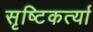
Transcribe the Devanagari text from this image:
सृष्टिकर्त्या